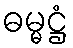
ဓမ္မဋ္ဌံ